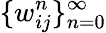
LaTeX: \{ w_{ij}^{n}\} _{n=0}^{\infty}